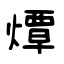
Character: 燂